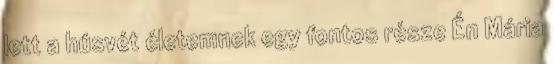
lett a húsvét életemnek egy fontos része Én Mária